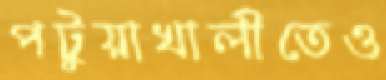
পটুয়াখালীতেও